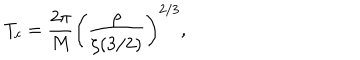
LaTeX: T _ { c } = { \frac { 2 \pi } { M } } \left( { \frac { \rho } { \zeta ( 3 / 2 ) } } \right) ^ { 2 / 3 } ,